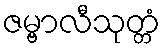
ဇမ္ဗာလီသုတ္တံ